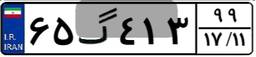
۶۵گ۴۱۳۹۹